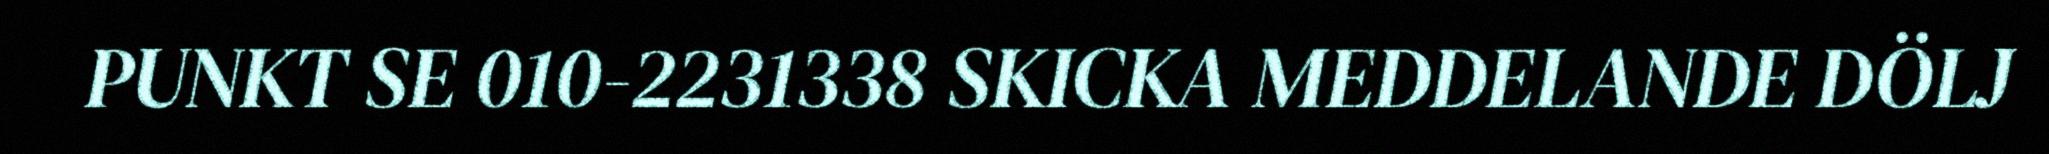
PUNKT SE 010-2231338 SKICKA MEDDELANDE DÖLJ